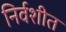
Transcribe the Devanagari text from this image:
निर्वशीत